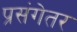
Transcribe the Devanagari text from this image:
प्रसंगेतर